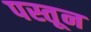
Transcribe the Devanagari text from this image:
पस्तून